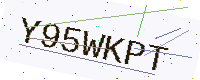
Text: Y95WKPT